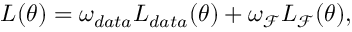
L ( \theta ) = \omega _ { d a t a } L _ { d a t a } ( \theta ) + \omega _ { \mathcal { F } } L _ { \mathcal { F } } ( \theta ) ,